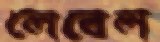
লেবেল